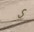
ડ